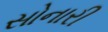
સોનારી